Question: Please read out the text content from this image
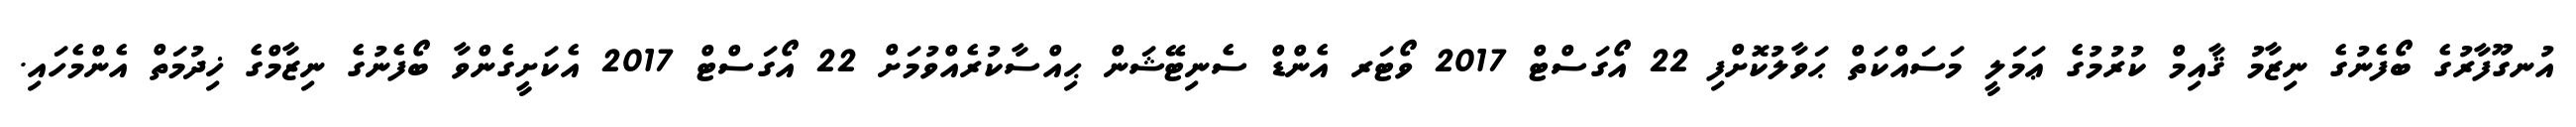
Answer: އުނގޫފާރުގެ ބޯފެނުގެ ނިޒާމު ޤާއިމް ކުރުމުގެ ޢަމަލީ މަސައްކަތް ޙަވާލުކޮށްފި 22 އޯގަސްޓް 2017 ވޯޓަރ އެންޑް ސެނިޓޭޝަން ޙިއްސާކުރެއްވުމަށް 22 އޯގަސްޓް 2017 އެކަށީގެންވާ ބޯފެނުގެ ނިޒާމްގެ ޚިދުމަތް އެންމެހައި.